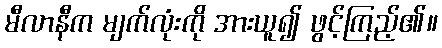
မီလာနီက မျက်လုံးကို အားယူ၍ ဖွင့်ကြည့်၏။